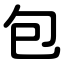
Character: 包